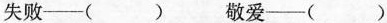
失败—（ ） 敬爱—（ ）